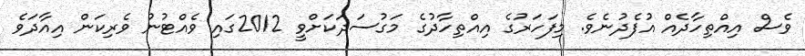
ވެސް އިއްތިހާދެއް އުފެދުނެވެ. މިފަހަރުގެ އިއްތިހާދުގެ މަގުސަދަކަށްވީ 2012ގައި ވެއްޓުނު ވެރިކަން އިއާދަވެ